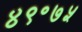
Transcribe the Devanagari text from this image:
४९॰७५